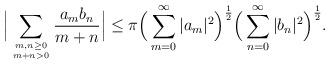
LaTeX: \begin{align*} \Big|\sum_{m,n\geq0 \atop m+n>0} \frac{a_mb_n}{m+n}\Big| \leq \pi\Big(\sum_{m=0}^\infty |a_m|^2\Big)^\frac{1}{2}\Big(\sum_{n=0}^\infty |b_n|^2\Big)^\frac{1}{2}.\end{align*}